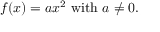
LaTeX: f ( x ) = a x ^ { 2 } { \mathrm { ~ w i t h ~ } } a \neq 0 .